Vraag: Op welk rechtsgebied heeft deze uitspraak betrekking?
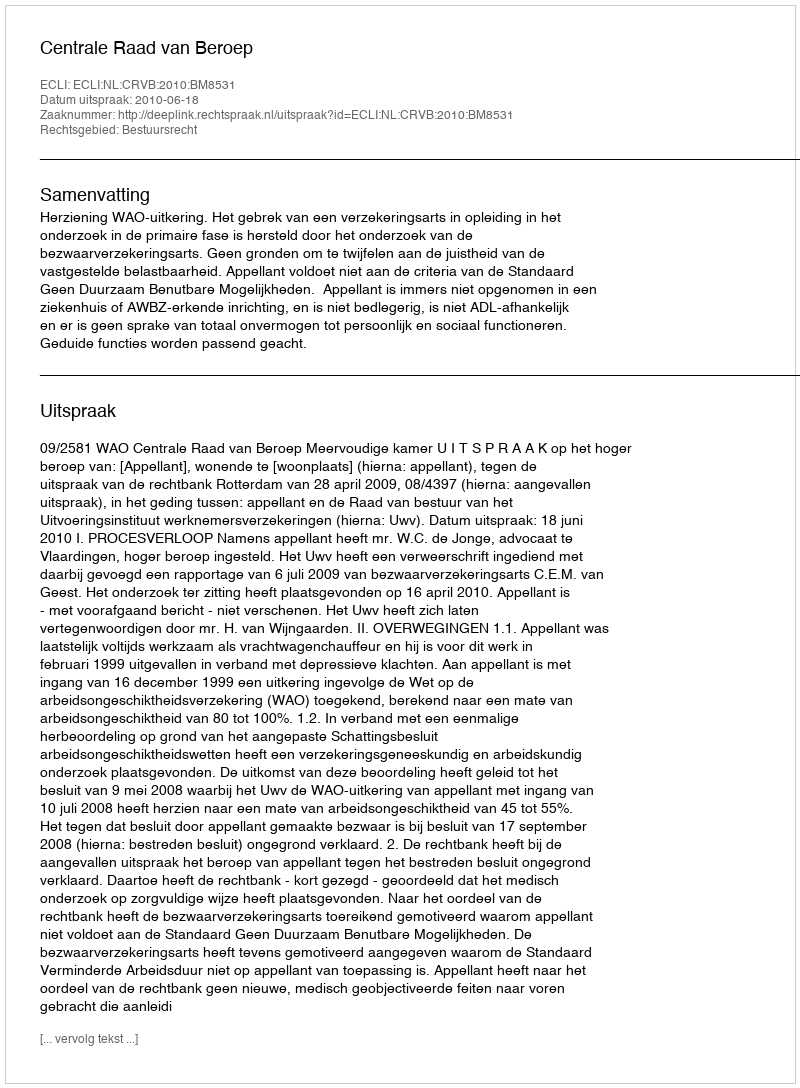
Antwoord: Bestuursrecht